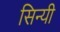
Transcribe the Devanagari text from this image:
सिन्यी